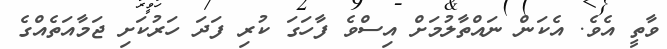
ވާތީ އެވެ. އެކަން ނައްތާލުމަށް އިސްވެ ފާހަގަ ކުރި ފަދަ ހަރުކަށި ޖަމާއަތެއްގެ